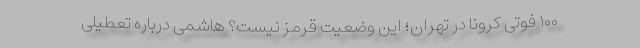
۱۰۰ فوتی کرونا در تهران؛ این وضعیت قرمز نیست؟ هاشمی درباره تعطیلی